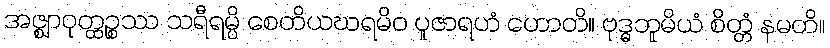
အဇ္ဈာဝုတ္ထဉ္စဿ သရီရမ္ပိ စေတိယဃရမိဝ ပူဇာရဟံ ဟောတိ။ ဗုဒ္ဓဘူမိယံ စိတ္တံ နမတိ။